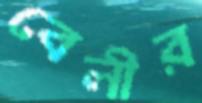
বেলীর